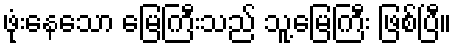
ဖုံးနေသော မြေကြီးသည် သူ့မြေကြီး ဖြစ်ပြီ။